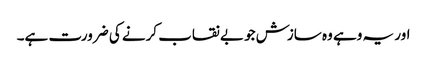
اور یہ وہے وہ سازش جو بے نقاب کرنے کی ضرورت ہے۔